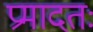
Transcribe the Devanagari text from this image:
प्रमादतः